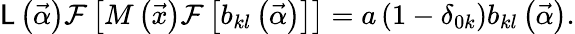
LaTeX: \mathsf{L}\left(\vec{{\alpha}}\right)\mathcal{{F}}\left[M\left(\vec{{x}}\right)\mathcal{{F}}\left[b_{kl}\left(\vec{{\alpha}}\right)\right]\right]=a\left(1-\delta_{0k}\right)b_{kl}\left(\vec{{\alpha}}\right).